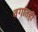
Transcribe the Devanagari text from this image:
वर्गातही